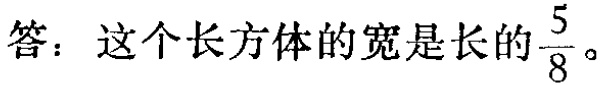
答：这个长方体的宽是长的$\frac{5}{8}$。